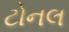
ટોનલ